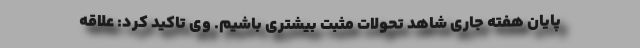
پایان هفته جاری شاهد تحولات مثبت بیشتری باشیم. وی تاکید کرد: علاقه